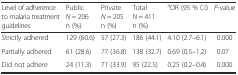
<table><thead><tr><td><b>Level of adherence to malaria treatment guidelines</b></td><td><b>Public<i>N</i> = 206n (%)</b></td><td><b>Private<i>N</i> = 205n (%)</b></td><td><b>Total<i>N</i> = 411n (%)</b></td><td><b><sup>a</sup>OR (95 % CI)</b></td><td><b><i>P</i>-value</b></td></tr></thead><tbody><tr><td>Strictly adhered</td><td>129 (60.6)</td><td>57 (27.3)</td><td>186 (44.1)</td><td>4.10 (2.7–6.1)</td><td>0.000</td></tr><tr><td>Partially adhered</td><td>61 (28.6)</td><td>77 (36.8)</td><td>138 (32.7)</td><td>0.69 (0.5–1.2)</td><td>0.07</td></tr><tr><td>Did not adhere</td><td>24 (11.3)</td><td>71 (33.9)</td><td>95 (22.5)</td><td>0.25 (0.2–0.4)</td><td>0.000</td></tr></tbody></table>